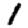
Digit: 1